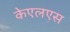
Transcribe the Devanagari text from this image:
केएलएस